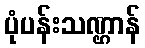
ပုံပန်းသဏ္ဌာန်